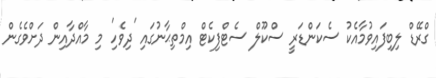
ގްރޭޑް ލިބިފައިވުމާއެކު ސެކަންޑަރީ ސްކޫލް ސެޓްފިކެޓް އިމްތިޙާނުގައި 'ދިވެހި' މި މާއްދާއިން ދަށްވެގެން